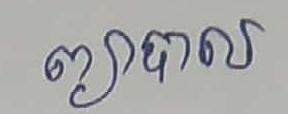
ព្យាបាល